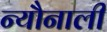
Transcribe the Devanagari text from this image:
न्यौनाली